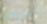
مشروعنا